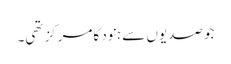
جوصدیوں سے ہنود کامرکزتھی۔